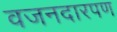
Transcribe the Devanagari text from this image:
वजनदारपण